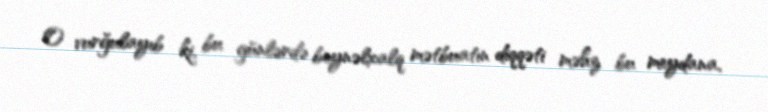
O vurğulayıb ki, bu günlərdə beynəlxalq mətbuatın diqqəti məhz bu meydana,